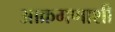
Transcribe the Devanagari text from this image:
आक्रमणाशी